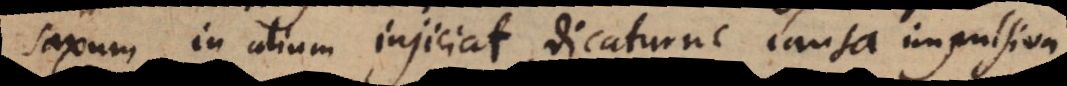
saxum in alium injiciat, dicaturne causa impulsiva